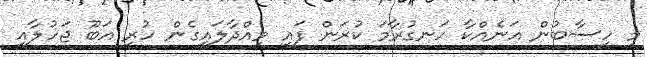
މި ހިސާބުން އަނެއްކާ ހަނގުރާމަ ކުރަން ފައި ވިއްދާލައިގެން ހުރި އަބޫ ޖަހުލާއި